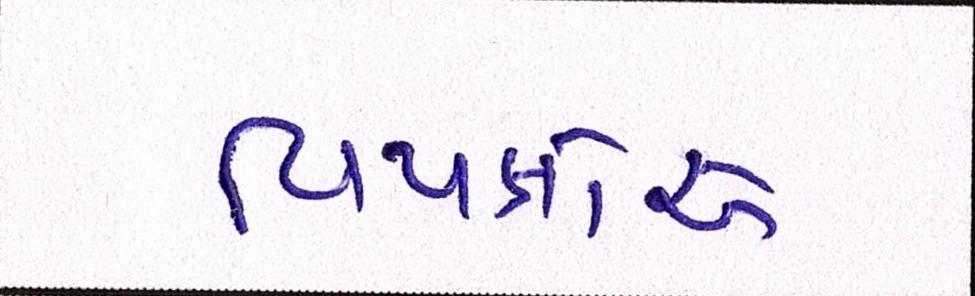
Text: વિપક્ષોએ